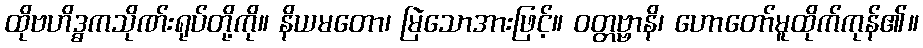
ထိုဗဟိဒ္ဓကသိုဏ်းရုပ်တို့ကို။ နိယမတော၊ မြဲသောအားဖြင့်။ ဝတ္တဗ္ဗာနိ၊ ဟောတော်မူထိုက်ကုန်၏။